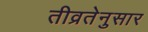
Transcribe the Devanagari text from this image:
तीव्रतेनुसार